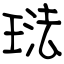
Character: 琺